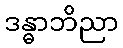
ဒန္ဓာဘိညာ